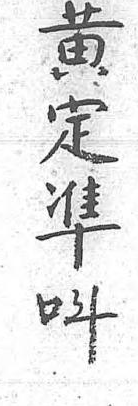
黄定準呌